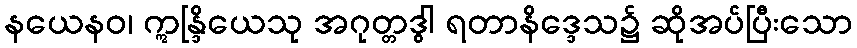
နယေနဝ၊ ဣန္ဒြိယေသု အဂုတ္တဒွါ ရတာနိဒ္ဒေသ၌ ဆိုအပ်ပြီးသော